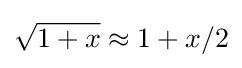
{\sqrt {1+x}}\approx 1+x/2